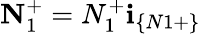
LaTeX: \textbf{N}_{1}^{+}=N_{1}^{+}\textbf{i}_{\{ N1+\} }